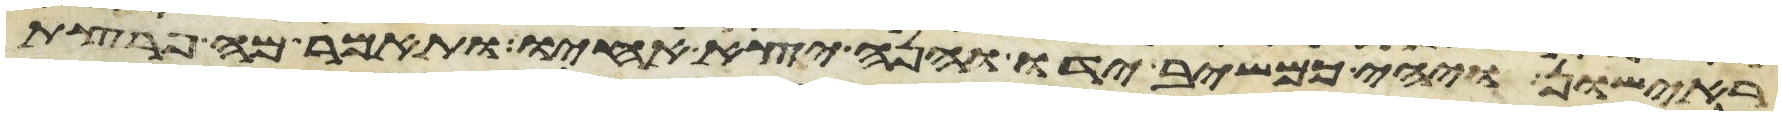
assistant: ראישון ויהי כמשיב ידו והנה יצא אחיו ותאמר מה פרצת